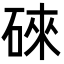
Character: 䂾